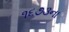
૧૬૭૩ના